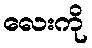
လေးကို